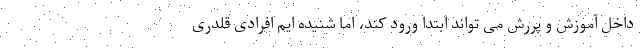
داخل آموزش و پررش می تواند ابتدا ورود کند، اما شنیده ایم افرادی قلدری